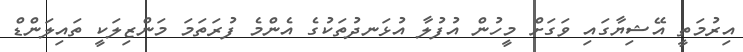
އިރުމަތީ އޭޝިޔާގައި ވަގަށް މީހުން އުފުލާ އުޅަނދުތަކުގެ އެންމެ ފުރަތަމަ މަންޒިލަކީ ތައިލަންޑް